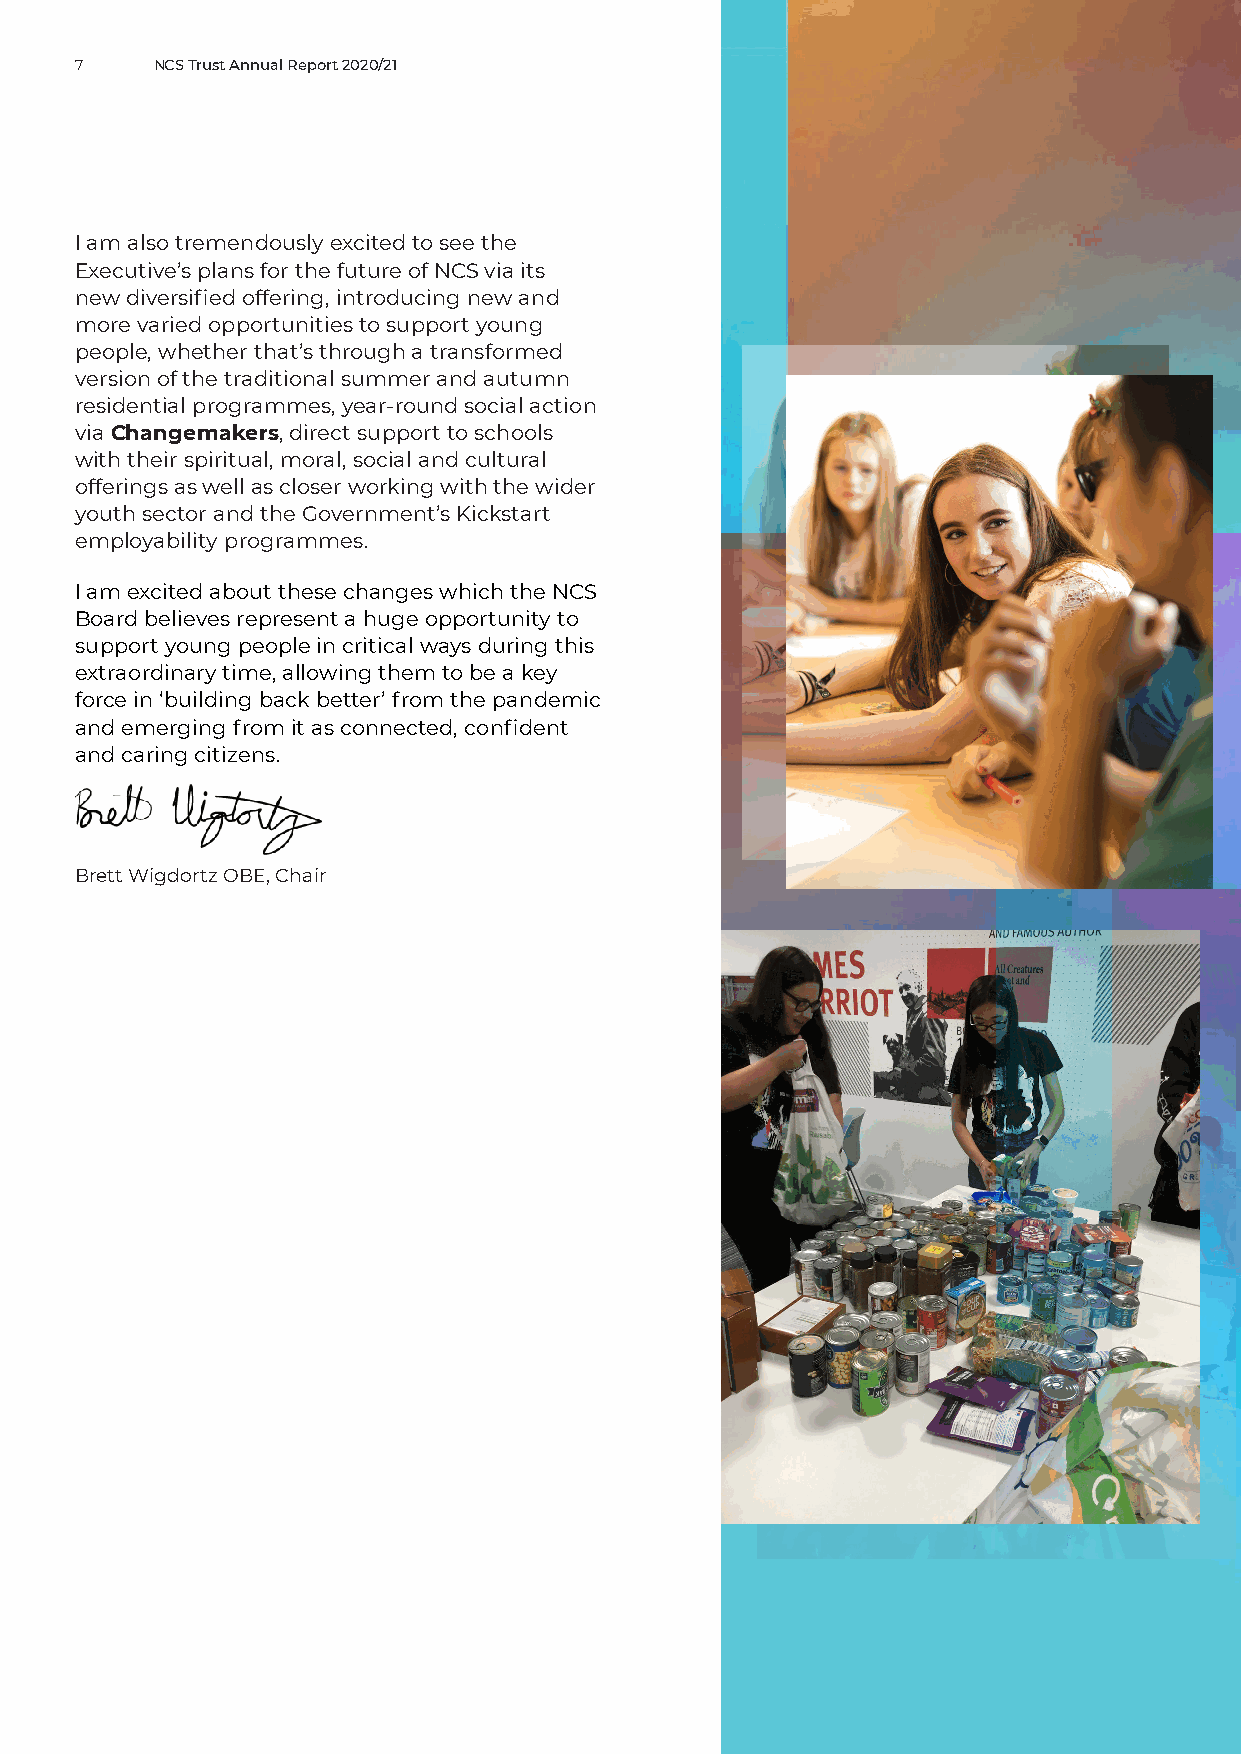
7    NCS Trust Annual Report 2020/21
 I am also tremendously excited to see the
 Executive’s plans for the future of NCS via its
 new diversified offering, introducing new and
 more varied opportunities to support young
 people, whether that’s through a transformed
 version of the traditional summer and autumn
 residential programmes, year-round social action
 via Changemakers, direct support to schools
 with their spiritual, moral, social and cultural
 offerings as well as closer working with the wider
 youth sector and the Government’s Kickstart
 employability programmes.
 I am excited about these changes which the NCS
 Board believes represent a huge opportunity to
 support young people in critical ways during this
 extraordinary time, allowing them to be a key
 force in ‘building back better’ from the pandemic
 and emerging from it as connected, confident
 and caring citizens.
 Brett Wigdortz OBE, Chair